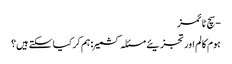
- سچ ٹائمز
ہوم کالم اور تجزیئے مسئلہ کشمیر : ہم کر کیا سکتے ہیں؟